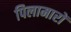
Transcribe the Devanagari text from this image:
पिलामारों